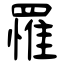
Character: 罹